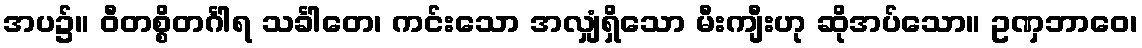
အပ၌။ ဝီတစ္စိတင်္ဂါရ သင်္ခါတေ၊ ကင်းသော အလျှံရှိသော မီးကျီးဟု ဆိုအပ်သော။ ဥဏှဘာဝေ၊